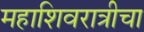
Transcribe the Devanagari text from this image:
महाशिवरात्रीचा